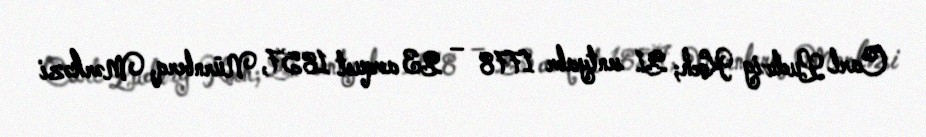
Carl Ludwig Koch; 21 sentyabr 1778 – 23 avqust 1857, Nürnberq, Mərkəzi